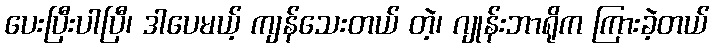
ပေးပြီးပါပြီ၊ ဒါပေမယ့် ကျန်သေးတယ် တဲ့၊ ဂျုန်းဘာရိုက ကြားခဲ့တယ်